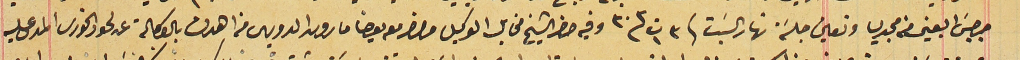
جرجسَ البعينى من مجدليا وتعين جلسَة نهار السَبت فى ٣ ت١ سنة ٣٠٣ وفيه حضر الشيخ مخايل الوكيل وحضر معه يوحنا مارون الدويهى من اهدن بالوكالة عن لحود الخورى المدعى عليه